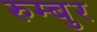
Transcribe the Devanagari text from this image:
रुम्बुर